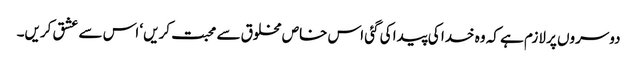
دوسروں پر لازم ہے کہ وہ خدا کی پیدا کی گئی اس خاص مخلوق سے محبت کریں‘ اس سے عشق کریں۔